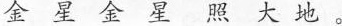
金星金星照大地。